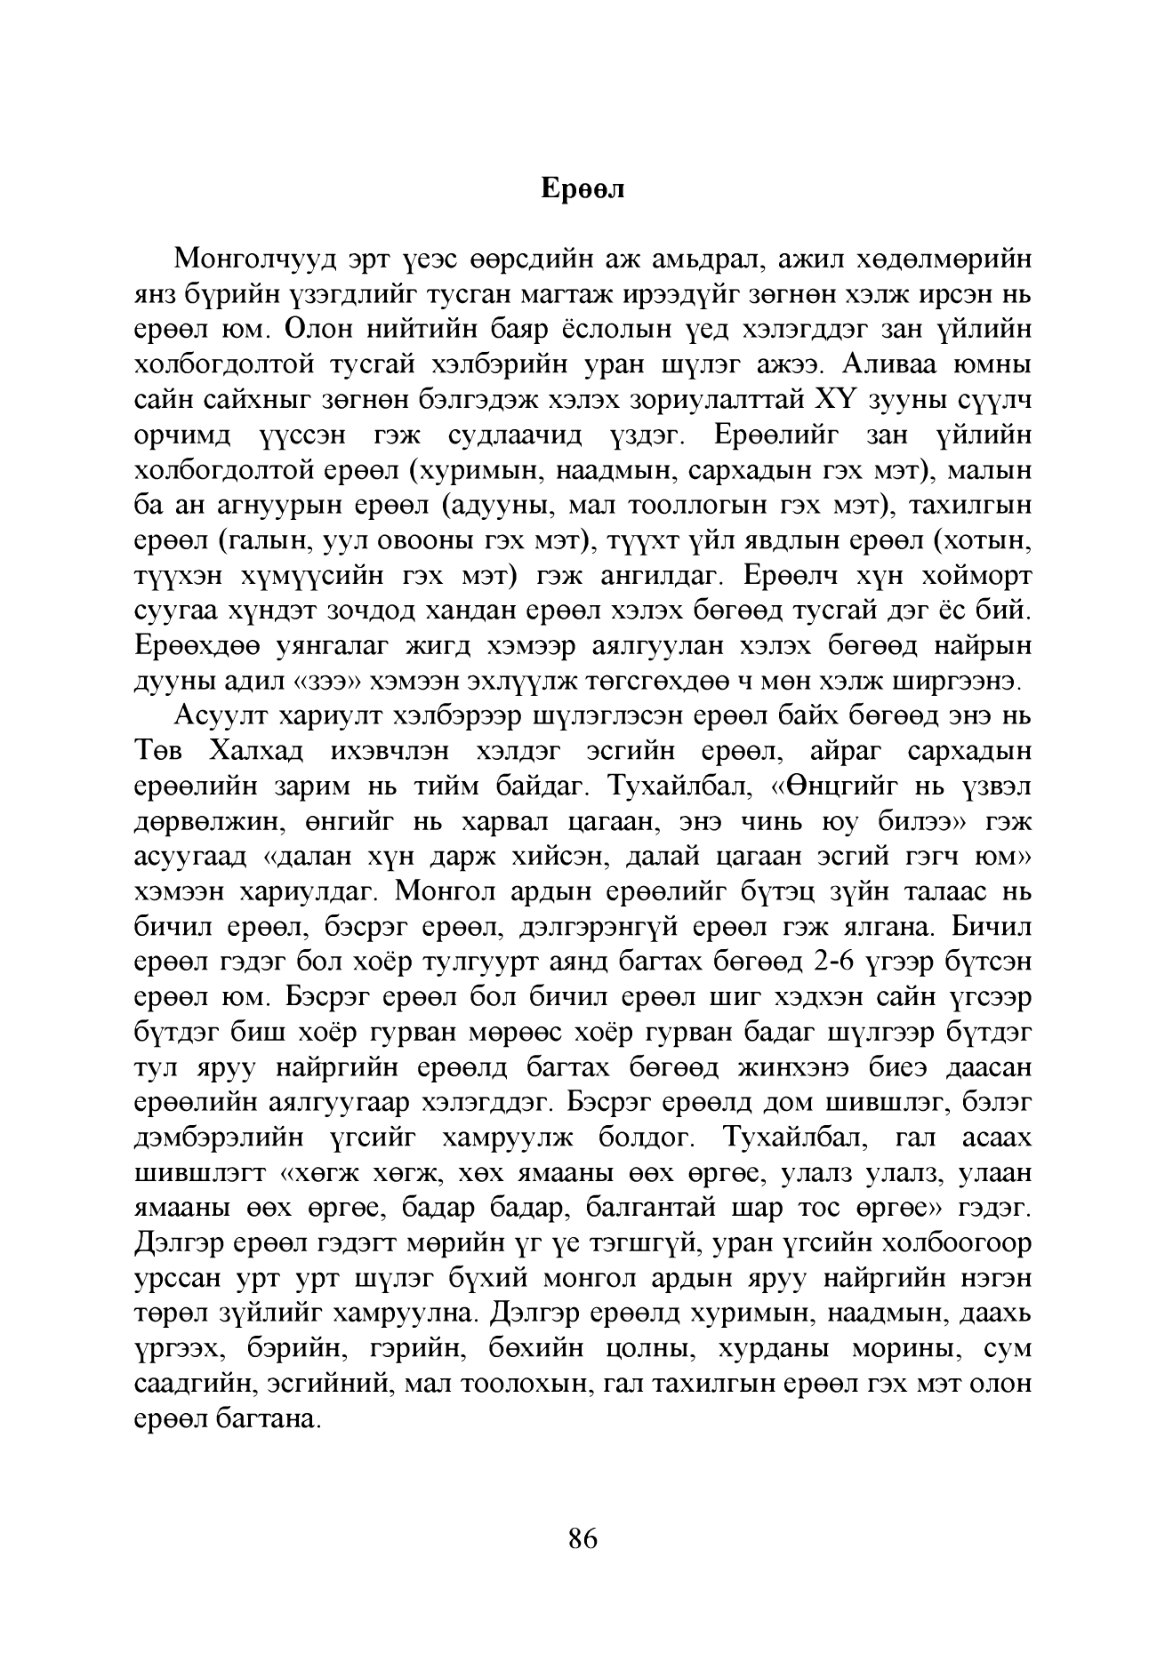
Language: mn